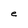
Character: e